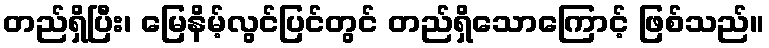
တည်ရှိပြီး၊ မြေနိမ့်လွင်ပြင်တွင် တည်ရှိသောကြောင့် ဖြစ်သည်။